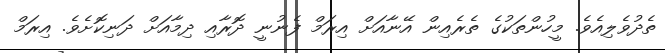
ތެދުވެލިއެވެ. މީހުންތަކުގެ ތެރެއިން އޭނާއަށް އިރަމް ފެނުނީ ދޮރާއި ދިމާއަށް ދަނިކޮށެވެ. އިރަމް